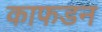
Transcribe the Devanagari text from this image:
काफडन